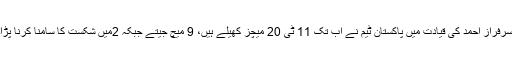
سرفراز احمد کی قیادت میں پاکستان ٹیم نے اب تک 11 ٹی 20 میچز کھیلے ہیں، 9 میچ جیتے جبکہ 2میں شکست کا سامنا کرنا پڑا۔